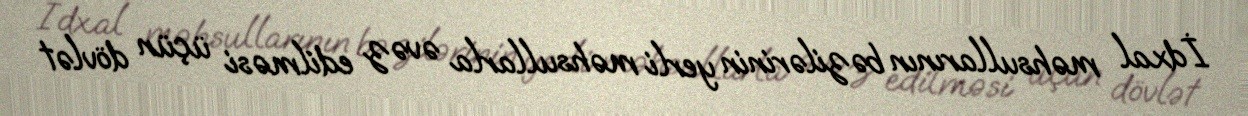
İdxal məhsullarının bəzilərinin yerli məhsullarla əvəz edilməsi üçün dövlət